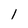
Character: 1